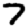
Digit: 7